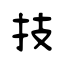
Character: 技